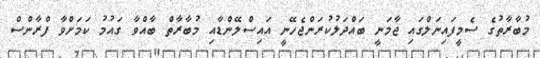
މުބާރާތުގެ ސެމީފައިނަލްގައި ޖާމަނީ ބައްދަލުކުރަންޖެހޭނީ އައިސްލޭންޑާއި މުބާރާތް ބާއްވާ ގައުމު ކަމަށްވާ ފްރާންސް